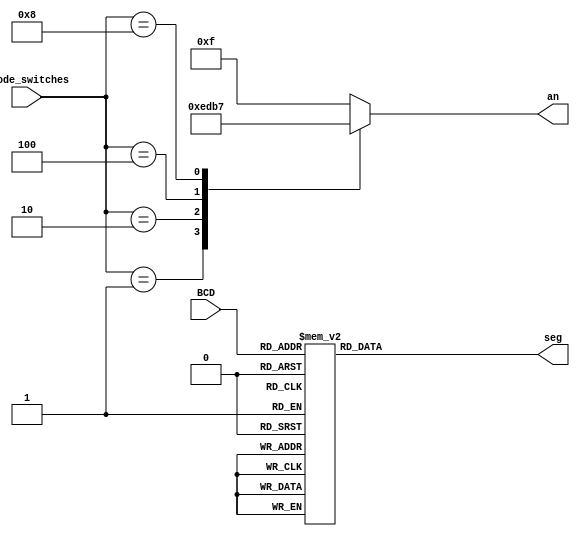
`timescale 1ns / 1ps
//////////////////////////////////////////////////////////////////////////////////
// Company: 
// Engineer: 
// 
// Design Name: 
// Module Name: BCD_7seg
// Project Name: 
// Target Devices: 
// Tool Versions: 
// Description: 
// 
// Dependencies: 
// 
// Revision:
// Revision 0.01 - File Created
// Additional Comments:
// 
//////////////////////////////////////////////////////////////////////////////////


module BCD_7seg(BCD, anode_switches, seg, an );
    input [3:0] BCD;
    input [3:0] anode_switches;
    output reg [7:0] seg;
    output reg [3:0] an;
    
    always @*
    begin
        case (BCD)
            0: seg = 8'b11111111 ;
            1: seg = 8'b10011111 ;
            2: seg = 8'b00100101 ;
            3: seg = 8'b00001101 ;
            4: seg = 8'b10011001 ; 
            5: seg = 8'b01001001 ;
            6: seg = 8'b01000001 ;
            7: seg = 8'b00011111 ;
            8: seg = 8'b00000001 ;
            9: seg = 8'b00001001 ;
            default: seg = 8'b11111111;
        endcase
        // Anode selection
        case(anode_switches)
            4'b0000: an = 4'b1111;
            4'b0001: an = 4'b1110;
            4'b0010: an = 4'b1101;
            4'b0100: an = 4'b1011;
            4'b1000: an = 4'b0111;
            default: an = 4'b1111;
        endcase
    end
endmodule